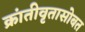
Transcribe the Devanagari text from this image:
क्रांतीवृतासोबत